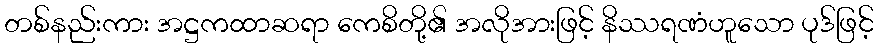
တစ်နည်းကား အဋ္ဌကထာဆရာ ကေစိတို့၏ အလိုအားဖြင့် နိဿရဏံဟူသော ပုဒ်ဖြင့်